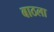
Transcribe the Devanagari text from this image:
बाठला